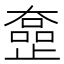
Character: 𡚍